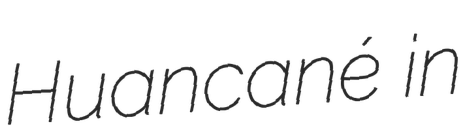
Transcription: Huancané in